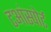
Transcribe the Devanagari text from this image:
टआंस्पोर्ट